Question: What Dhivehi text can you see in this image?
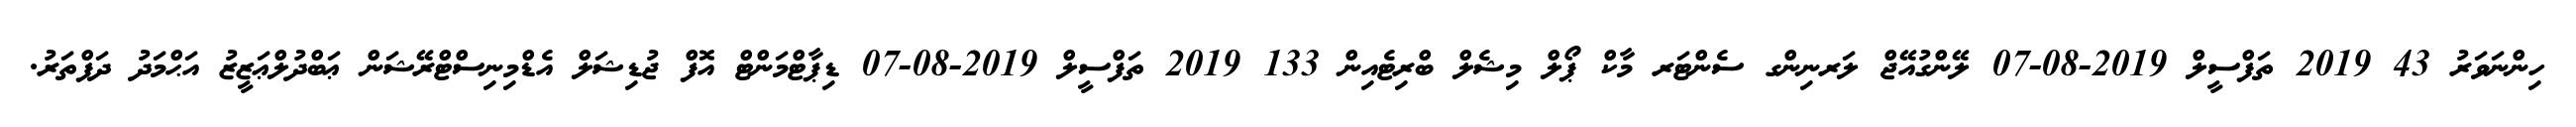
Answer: ހިންނަވަރު 43 2019 ތަފްސީލް 2019-08-07 ލޭންގުއޭޖް ލަރނިންގ ސެންޓަރ މާކް ޕޯލް މިޝެލް ބްރިޓެއިން 133 2019 ތަފްސީލް 2019-08-07 ޑިޕާޓްމަންޓް އޮފް ޖުޑިޝަލް އެޑްމިނިސްޓްރޭޝަން ޢަބްދުލްޢަޒީޒު އަޙްމަދު ދަފްތަރު.